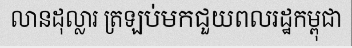
លានដុល្លារ ត្រឡប់មកជួយពលរដ្ឋកម្ពុជា